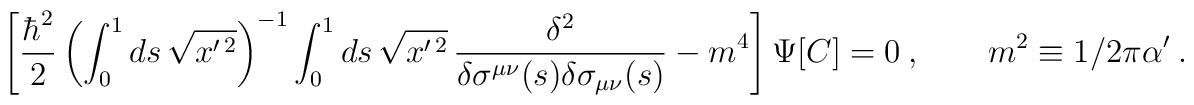
\left[{\hbar^2\over 2}\left(\int_0^1 ds\,\sqrt{x^{\prime\,2}}\right)^{-1}\int_0^1 ds\,\sqrt{x^{\prime\,2}}\,{\delta^2\over \delta\sigma^{\mu\nu}(s)\delta\sigma_{\mu\nu}(s)}-m^4\right]\Psi[C]=0\ ,\qquad m^2\equiv1/2\pi\alpha'\ .